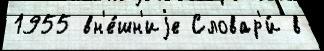
1955 вн'е́шн'иjе Словар'и́ в